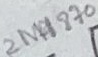
Text: 2N4870